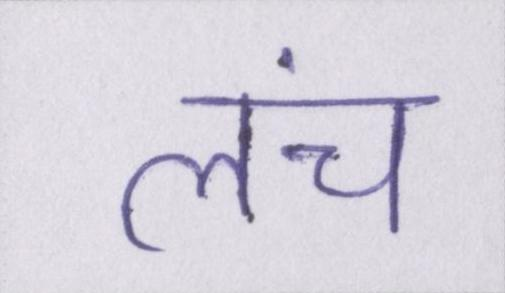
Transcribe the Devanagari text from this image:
लंच